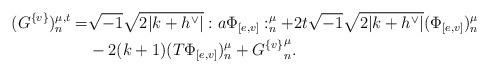
LaTeX: \begin{align*} (G^{\{ v \}})^{\mu,t}_n=&\sqrt{-1}\sqrt{2|k+h^\vee|}:a \Phi_{[e,v]}:^\mu_n+2t\sqrt{-1}\sqrt{2|k+h^\vee|} (\Phi_{[e,v]})^\mu_n\\ &-2(k+1) ( T \Phi_{[e,v]})^\mu_n +{G^{\{v\}}}^\mu_n.\end{align*}